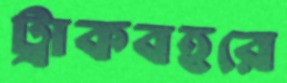
ট্রাকবহরে